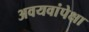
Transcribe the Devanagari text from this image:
अवयवांपेक्षा